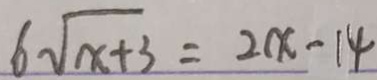
6 \sqrt { x + 3 } = 2 x - 1 4